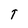
Character: T